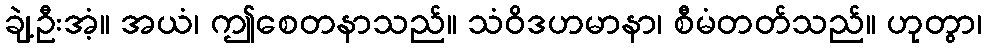
ချဲ့ဦးအံ့။ အယံ၊ ဤစေတနာသည်။ သံဝိဒဟမာနာ၊ စီမံတတ်သည်။ ဟုတွာ၊